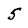
Character: 5